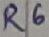
Text: R6